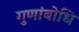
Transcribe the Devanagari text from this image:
गुणांबोधि